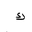
Letter: _kaf